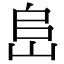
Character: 峊